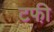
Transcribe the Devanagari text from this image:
टफी़